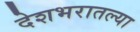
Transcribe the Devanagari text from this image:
देशभरातल्या